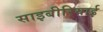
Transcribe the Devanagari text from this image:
साइबीरियाई